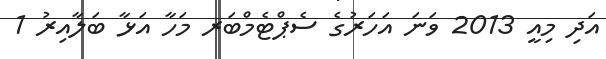
އަދި މިއީ 2013 ވަނަ އަހަރުގެ ސެޕްޓެމްބަރ މަހާ އަޅާ ބަލާއިރު 1